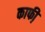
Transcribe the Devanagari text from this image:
काफी़